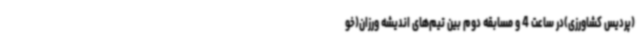
(پردیس کشاورزی)در ساعت 4 و مسابقه دوم بین تیم‌های اندیشه ورزان(خو